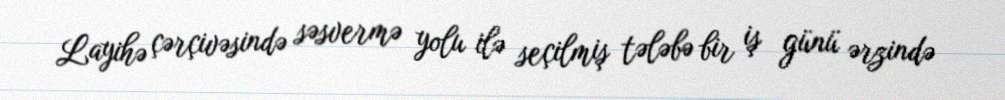
Layihə çərçivəsində səsvermə yolu ilə seçilmiş tələbə bir iş günü ərzində